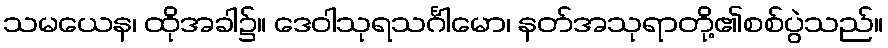
သမယေန၊ ထိုအခါ၌။ ဒေဝါသုရသင်္ဂါမော၊ နတ်အသုရာတို့၏စစ်ပွဲသည်။